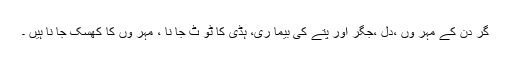
گر دن کے مہر وں ،دل ،جگر اور پتے کی بیما ری، ہڈی کا ٹو ٹ جا نا ، مہر وں کا کھسک جا نا ہیں ۔